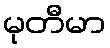
မုတီမာ